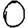
Digit: 0